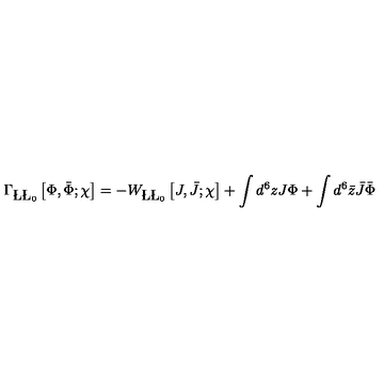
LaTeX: \Gamma _ { \L \L _ { 0 } } \left[ \Phi , \bar { \Phi } ; \chi \right] = - W _ { \L \L _ { 0 } } \left[ J , \bar { J } ; \chi \right] + \int d ^ { 6 } z J \Phi + \int d ^ { 6 } \bar { z } \bar { J } \bar { \Phi }